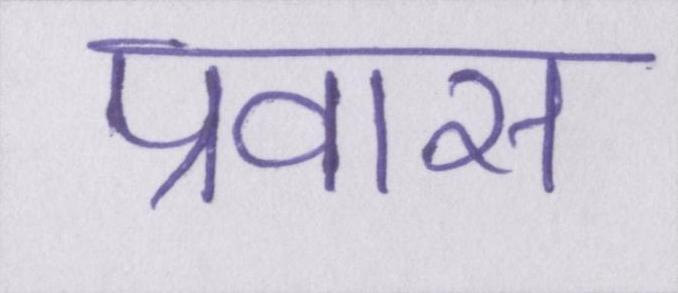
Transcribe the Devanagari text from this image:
प्रवास